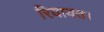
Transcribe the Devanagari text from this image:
रियायत।